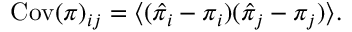
\begin{array} { r } { \mathrm { C o v } ( { \boldsymbol \pi } ) _ { i j } = \langle ( \hat { \pi } _ { i } - \pi _ { i } ) ( \hat { \pi } _ { j } - \pi _ { j } ) \rangle . } \end{array}